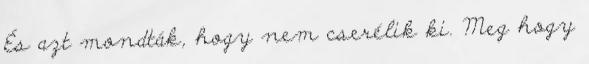
És azt mondták, hogy nem cserélik ki. Meg hogy